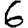
Digit: 6